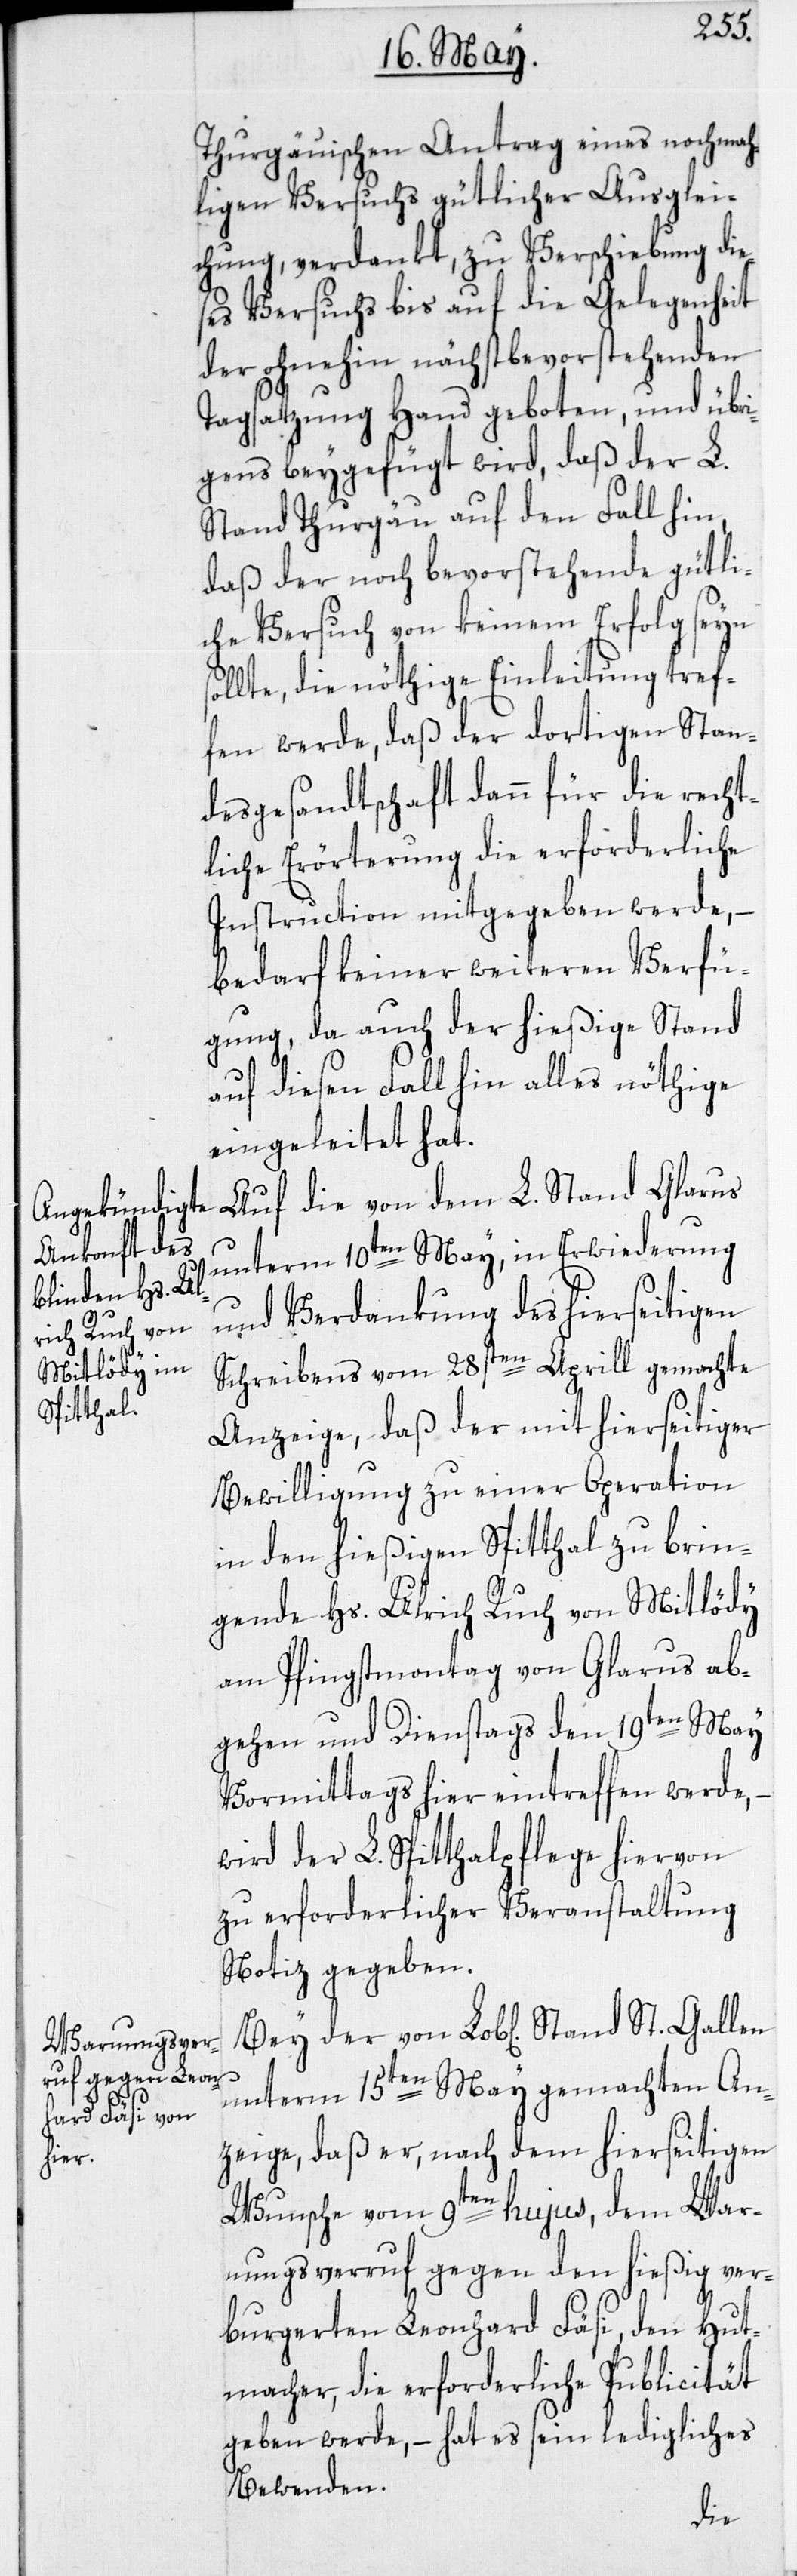
Bey der von

Thurgauischen Antrag eines nochmah¬
ligen Versuchs gütlicher Ausglei¬
chung, verdankt, zu Verschiebung dies¬
es Versuchs bis auf die Gelegenheit
der ohnehin nächstbevorstehenden
Tagsatzung Hand geboten, und übr¬
igens beygefügt wird, daß der L.
Stand Thurgau auf den Fall hin,
daß der noch bevorstehende gütli¬
che Versuch von keinem Erfolg seyn
llte, die nöthige Einleitung tref¬
fen werde, daß der dortigen Stan¬
desgesandtschaft dann für die recht¬
liche Erörterung die erforderliche
Instruction mitgegeben werde, –
bedarf keiner weiteren Verfü¬
gung, da auch der hießige Stand
auf diesen Fall hin alles nöthige
eingeleitet hat.
Auf die von dem L. Stand Glarus
unterm 10ten May, in Erwiederung
und Verdankung des hierseitigen
Schreibens vom 28sten Aprill gemachte
Anzeige, daß der mit hierseitiger
Bewilligung zu einer Operation
in den hießigen Spitthal zu brin¬
gende Hs. Ulrich Ruch von Mitlödy
am Pfingstmontag von Glarus ab¬
gehen und Dienstags den 19ten May
Vormittags hier eintreffen werde, –
wird der L. Spitthalpflege hiervon
zu erforderlicher Veranstaltung
Notiz gegeben.
St.
unterm 15ten May gemachten An¬
zeige, daß er, nach dem hierseitigen
Wunsche vom 9ten hujus, dem War¬
nungsverruf gegen den hießig ver¬
burgerten Leonhard Fäsi, den Hut¬
macher, die erforderliche Publicität
geben werde, – hat es sein ledigliches
Bewenden.